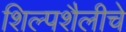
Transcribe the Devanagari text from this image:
शिल्पशैलीचे